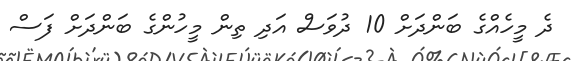
ދެ މީހެއްގެ ބަންދަށް 10 ދުވަސް އަދި ތިން މީހުންގެ ބަންދަށް ފަސް